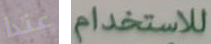
عندا للاستخدام